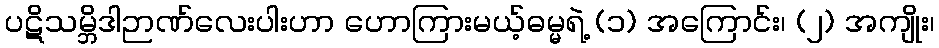
ပဋိသမ္ဘိဒါဉာဏ်လေးပါးဟာ ဟောကြားမယ့်ဓမ္မရဲ့ (၁) အကြောင်း၊ (၂) အကျိုး၊